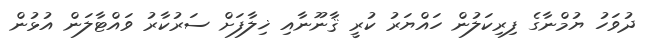
ދުވަހު ޔުމްނާގެ ފިރިކަލުން ހައްޔަރު ކުރީ ޤާނޫނާއި ޚިލާފަށް ސަރުކާރު ވައްޓާލަން އުޅުން